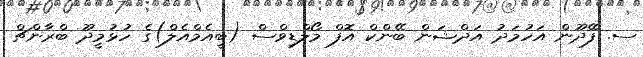
ސ. ފޭދޫން އަހުމަދު އަދްޝަން ބޭންކް އޮފް މޯލްޑިވްސް (ބީއެމްއެލް)ގެ ހުޅުމީދޫ ބްރާންޗް